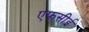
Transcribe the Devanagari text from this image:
एफसीई